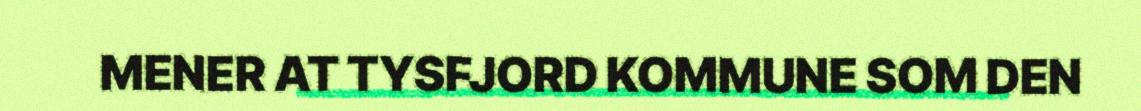
MENER AT TYSFJORD KOMMUNE SOM DEN